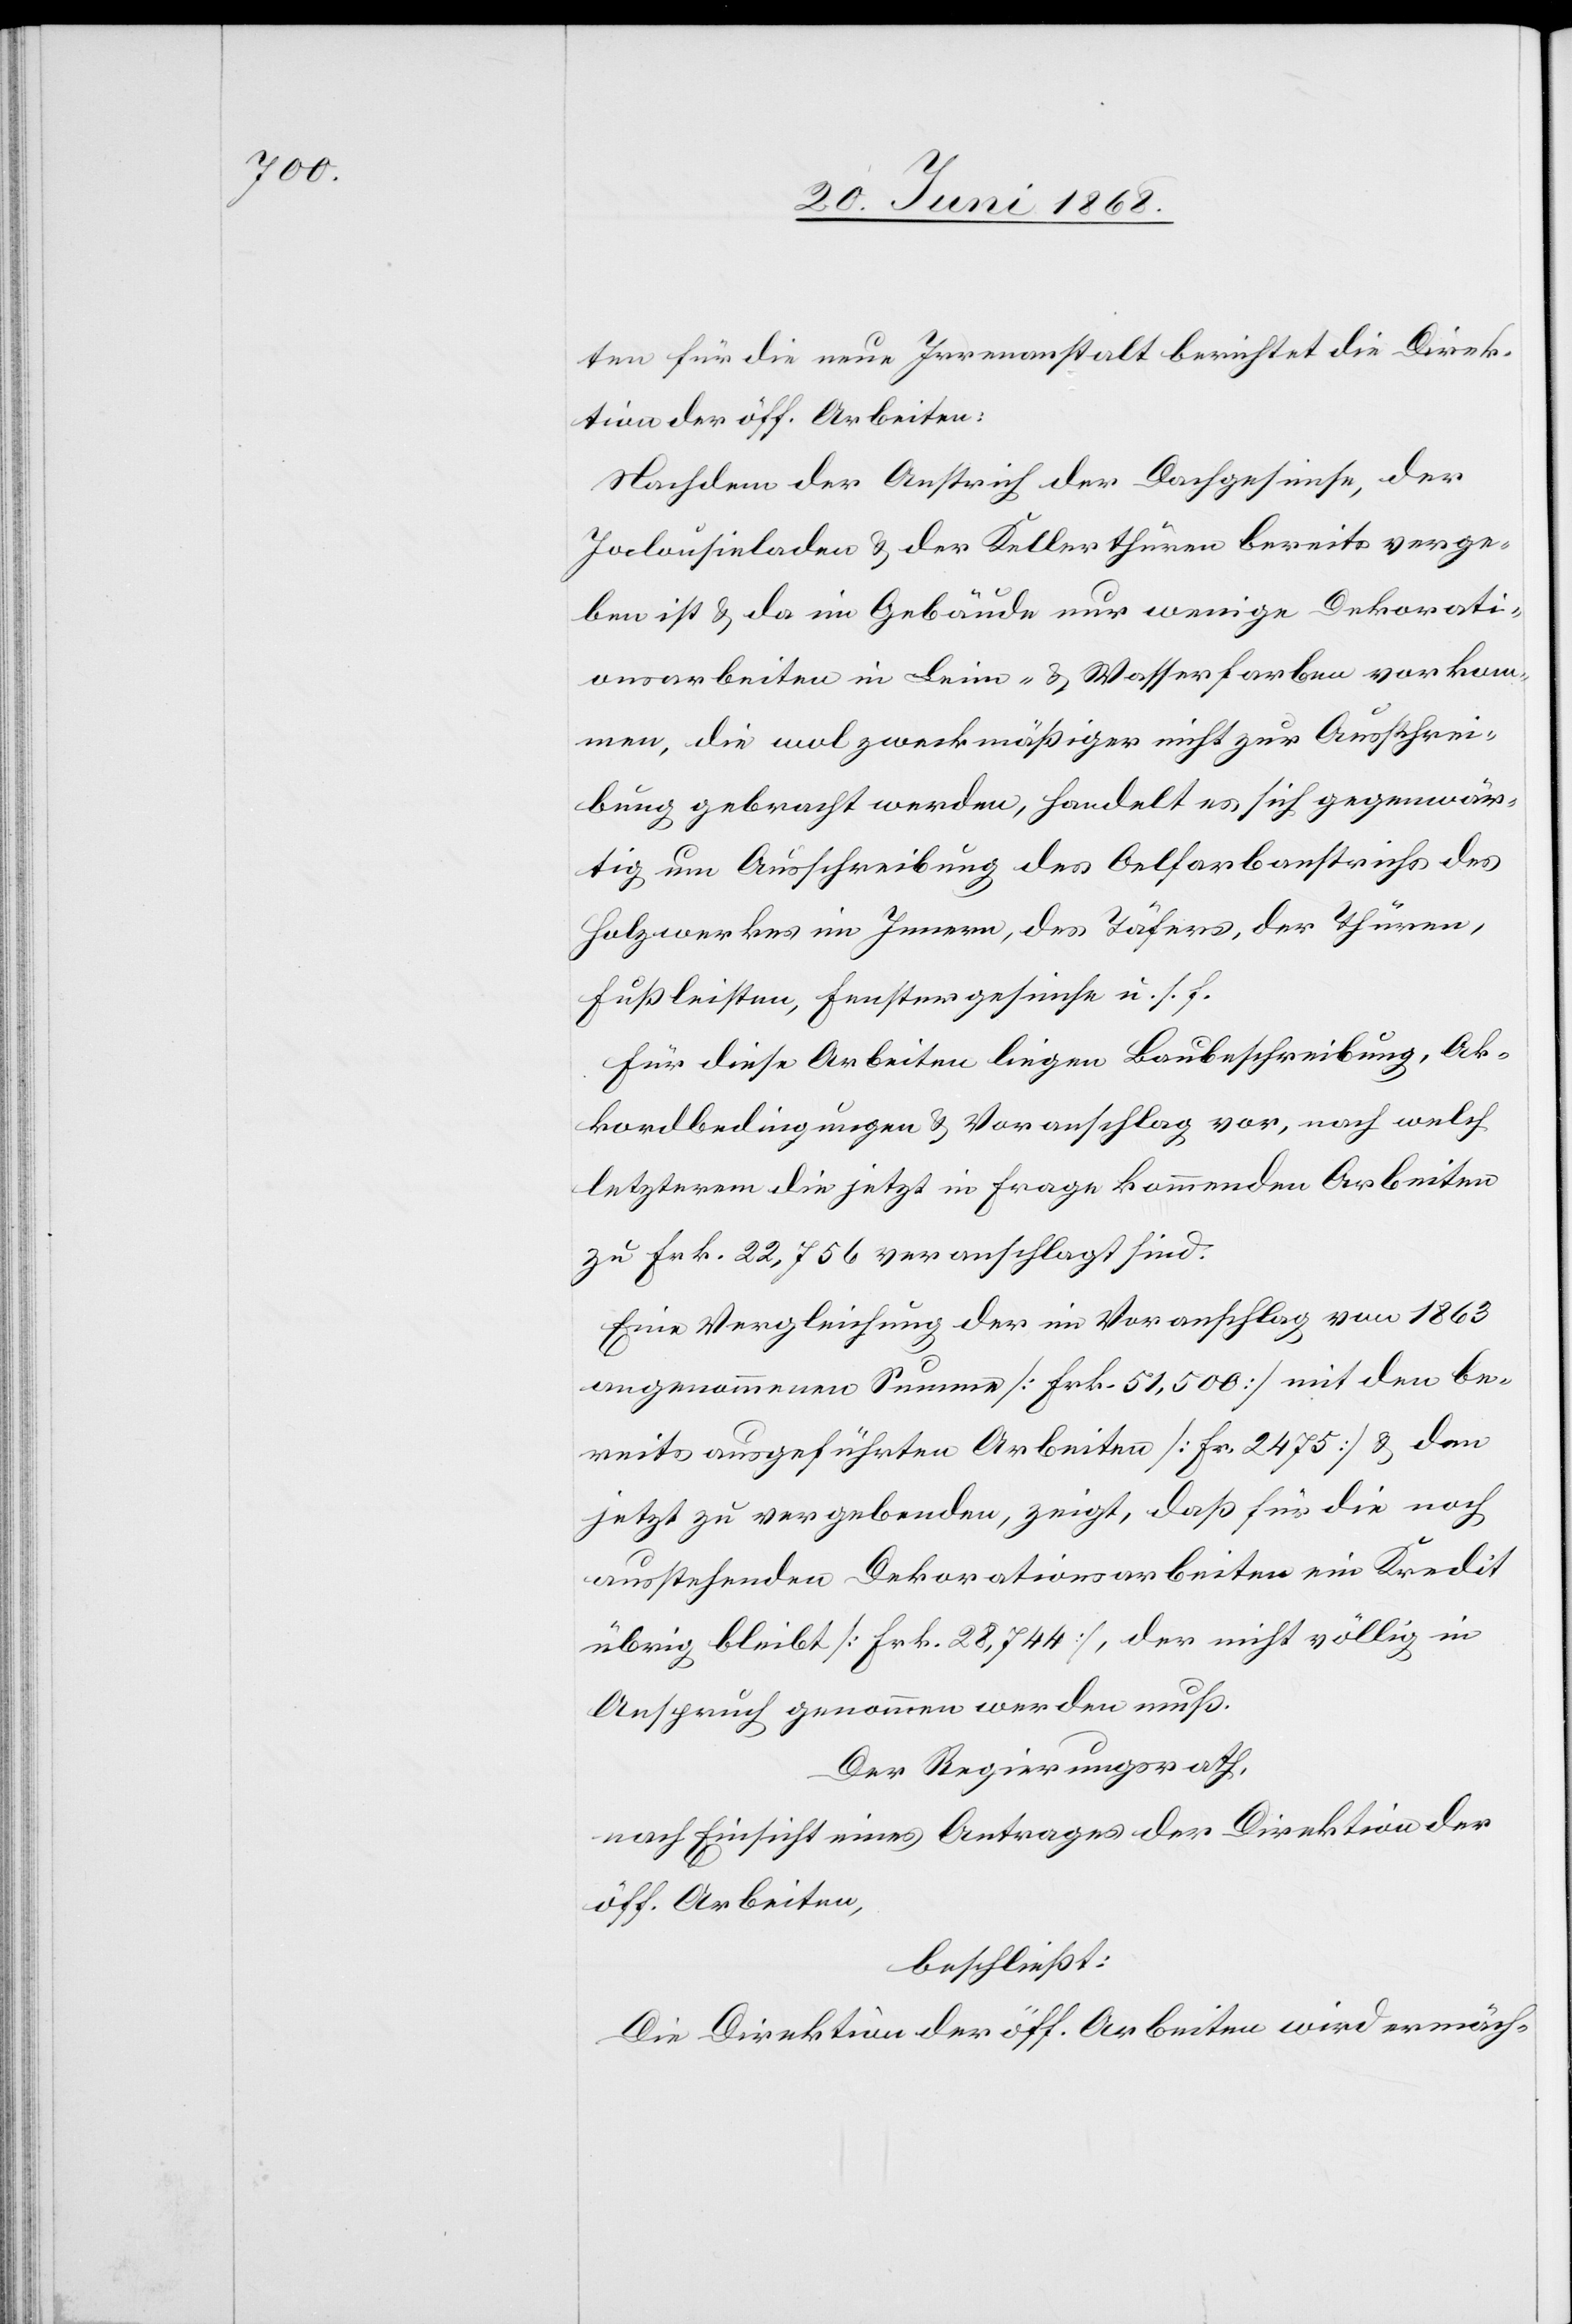
ten für die neue Irrenanstalt berichtet die Direk¬
tion der öff. Arbeiten:
Nachdem der Anstrich der Dachgesimse, der
Jalousieladen & der Kellerthüren bereits verge¬
ben ist & da im Gebäude nur wenige Dekorati¬
onsarbeiten in Leim- & Wasserfarben vorkom¬
men, die wol zweckmäßiger nicht zur Ausschrei¬
bung gebracht werden, handelt es sich gegenwär¬
tig um Ausschreibung des Oelfarbanstrichs des
Holzwerkes im Innern, des Täfers, der Thüren,
Fußleisten, Fenstergesimse u. s. f.
Für diese Arbeiten liegen Baubeschreibung, Ak¬
kordbedingungen & Voranschlag vor, nach welch
letzterem die jetzt in Frage kommenden Arbeiten
zu Frk. 22,756 veranschlagt sind.
Eine Vergleichung der im Voranschlag von 1863
angenommenen Summe [Frk. 51,500] mit den be¬
reits ausgeführten Arbeiten [Fr. 2475] & den
jetzt zu vergebenden, zeigt, daß für die noch
ausstehenden Dekorationsarbeiten ein Kredit
übrig bleibt [Frk. 28,744], der nicht völlig in
Anspruch genommen werden muß.
Der Regierungsrath,
nach Einsicht eines Antrages der Direktion der
öff. Arbeiten,
beschließt:
Die Direktion der öff. Arbeiten wird ermäch-